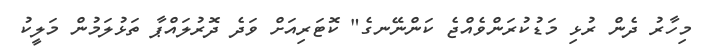
މިހާރު ދެން ރުޅި މަޑުކުރަންވެއްޖެ ކަންނޭނގެ" ކޮޓަރިއަށް ވަދެ ދޮރުލައްޕާ ތަޅުލަމުން މަލީކު